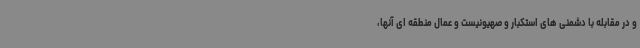
و در مقابله با دشمنی های استکبار و صهیونیست و عمال منطقه ای آنها،